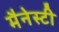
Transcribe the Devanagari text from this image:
मैनेस्टी